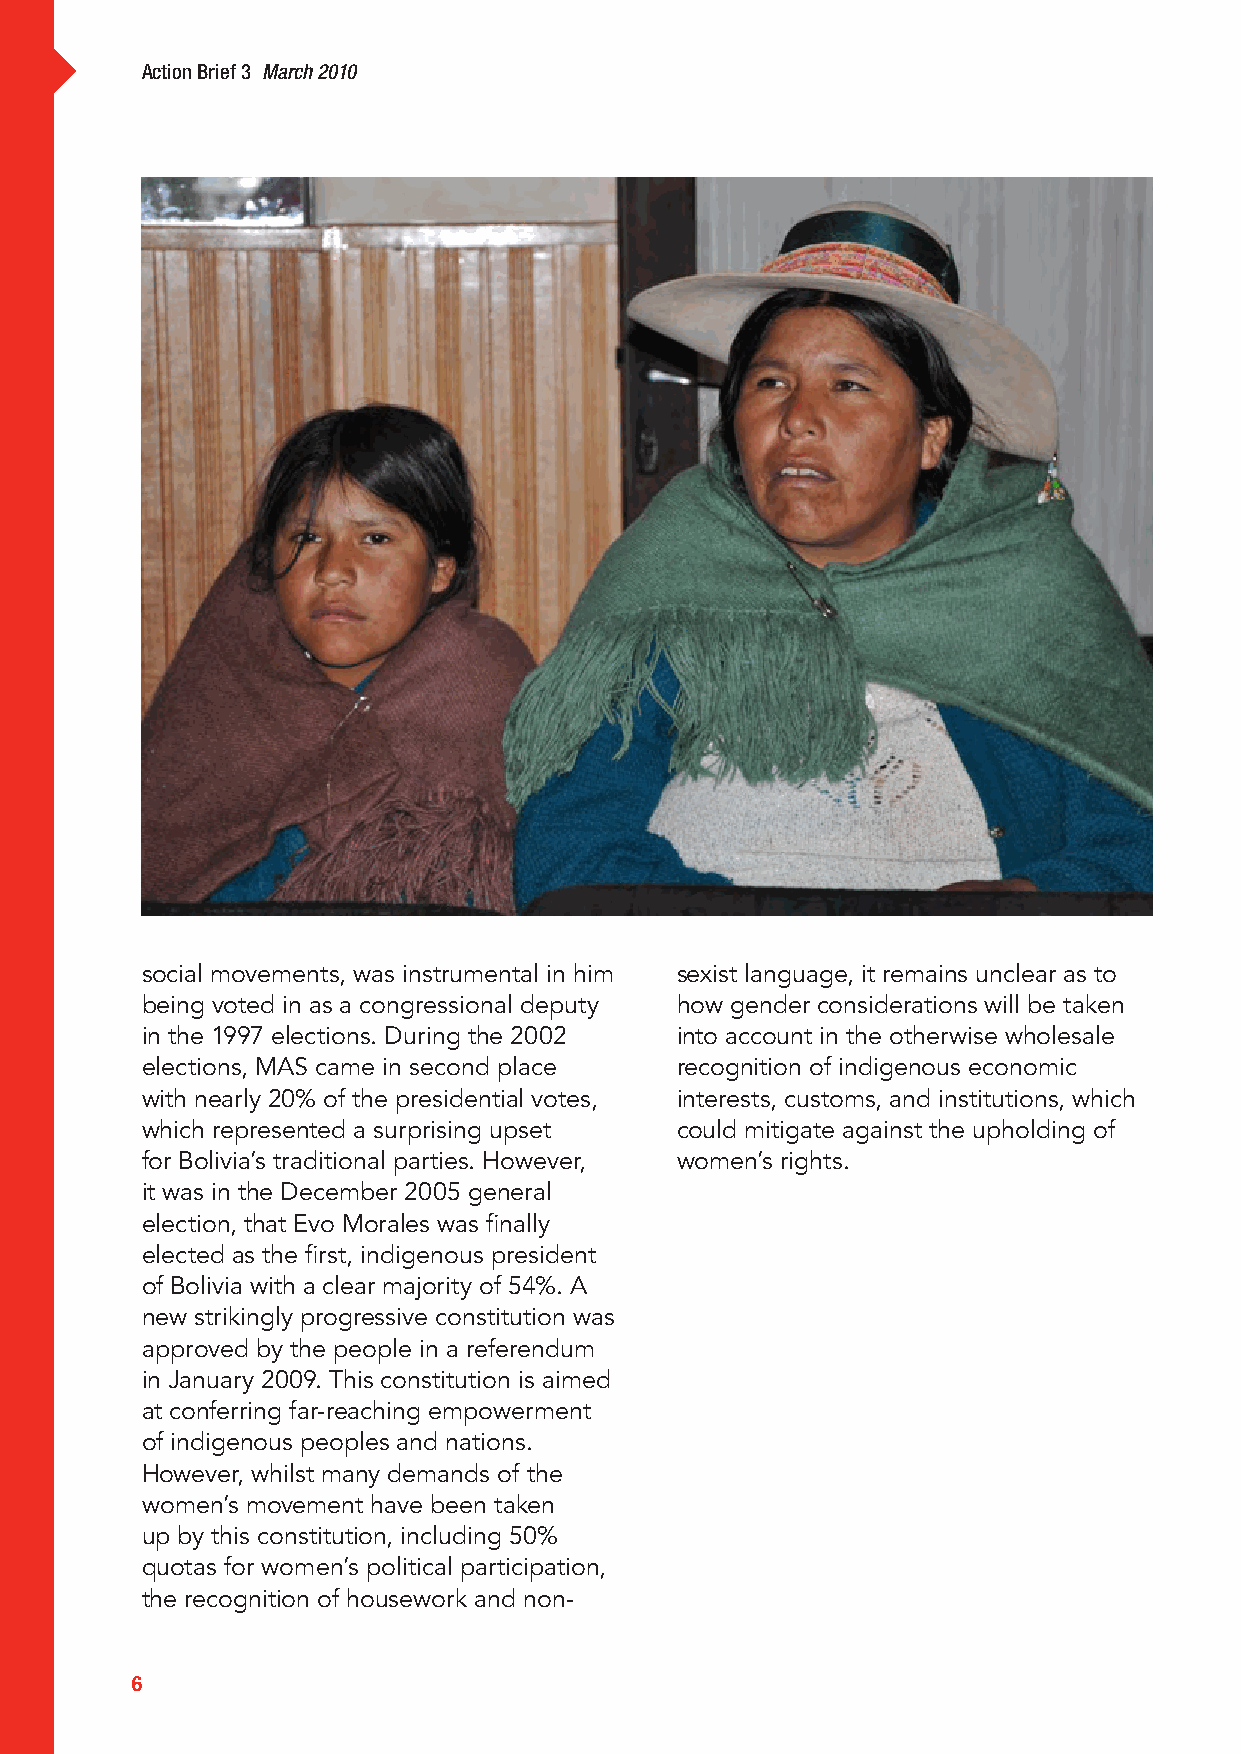
Action Brief 3 March 2010
 social movements, was instrumental in him sexist language, it remains unclear as to
 being voted in as a congressional deputy how gender considerations will be taken
 in the 1997 elections. During the 2002 into account in the otherwise wholesale
 elections, MAS came in second place recognition of indigenous economic
 with nearly 20% of the presidential votes, interests, customs, and institutions, which
 which represented a surprising upset could mitigate against the upholding of
 for Bolivia’s traditional parties. However, women’s rights.
 it was in the December 2005 general
 election, that Evo Morales was finally
 elected as the first, indigenous president
 of Bolivia with a clear majority of 54%. A
 new strikingly progressive constitution was
 approved by the people in a referendum
 in January 2009. This constitution is aimed
 at conferring far-reaching empowerment
 of indigenous peoples and nations.
 However, whilst many demands of the
 women’s movement have been taken
 up by this constitution, including 50%
 quotas for women’s political participation,
 the recognition of housework and non-
 6